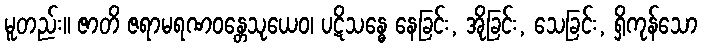
မူတည်း။ ဇာတိ ဇရာမရဏဝန္တေသုယေဝ၊ ပဋိသန္ဓေ နေခြင်း, အိုခြင်း, သေခြင်း, ရှိကုန်သော